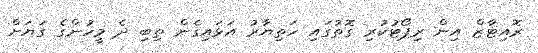
ރޮއިޓާޒް އިން ރިޕޯޓުކުރި ގޮތުގައި ހަތިޔާރު އަޅައިގެން ތިބި ދެ މީހުންގެ ގަޔަށް